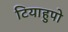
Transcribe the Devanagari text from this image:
टियाहुपो